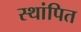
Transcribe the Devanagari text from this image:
स्थांपित